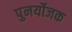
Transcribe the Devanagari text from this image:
पुनर्योजक